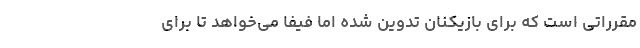
مقرراتی است که برای بازیکنان تدوین شده اما فیفا می‌خواهد تا برای